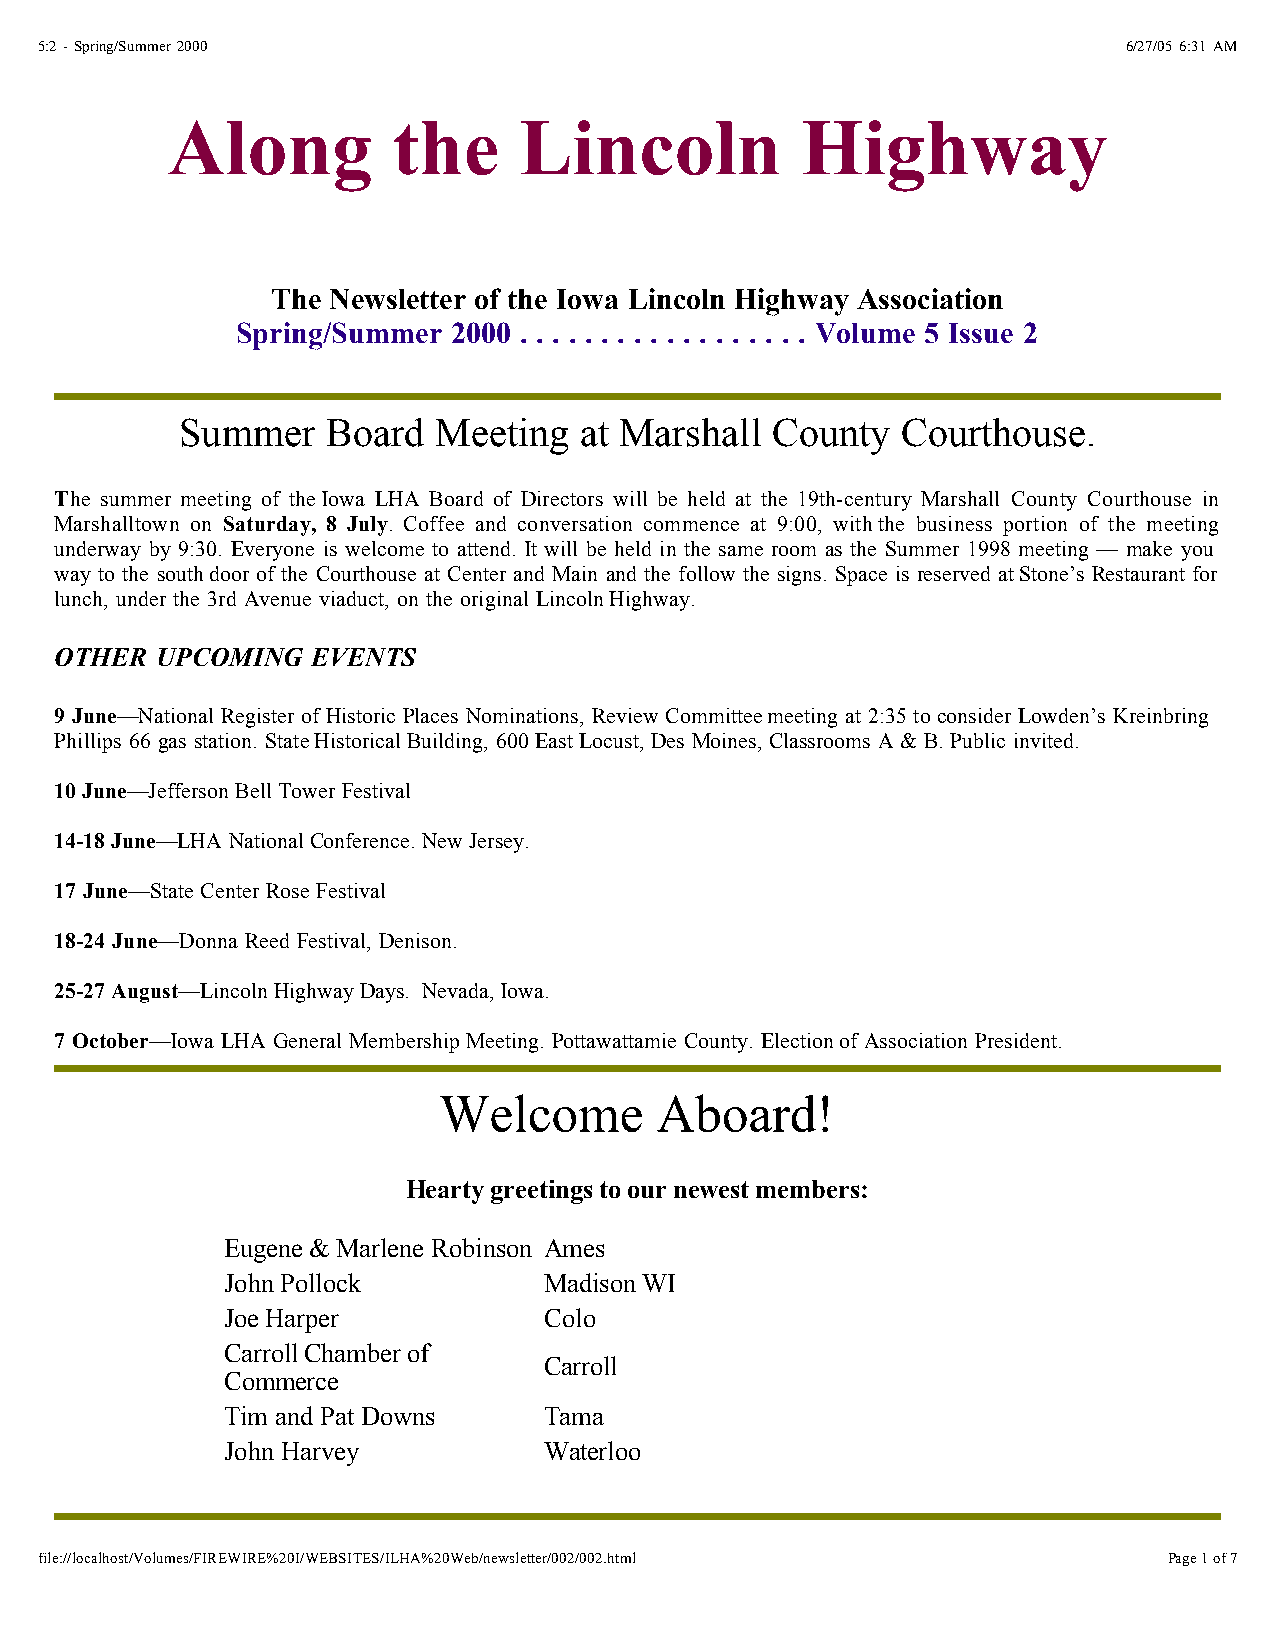
5:2 - Spring/Summer 2000                                                 6/27/05 6:31 AM
 Along          the     Lincoln            Highway
 The Newsletter of the Iowa Lincoln Highway Association
 Spring/Summer 2000 . . . . . . . . . . . . . . . . . . Volume 5 Issue 2
 Summer    Board  Meeting  at Marshall  County   Courthouse.
 The summer meeting of theIowa LHA Board of Directors will be held at the 19th-century Marshall County Courthouse in
 Marshalltown on Saturday, 8 July. Coffee and conversation commence at 9:00, withthe business portion of the meeting
 underway by 9:30. Everyone is welcome to attend. It will be held in the same room as the Summer 1998 meeting — make you
 way to the southdoor of the Courthouse at Center and Main and the follow the signs. Space is reserved atStone’s Restaurant for
 lunch, under the 3rd Avenue viaduct, on the original LincolnHighway.
 OTHER UPCOMING   EVENTS
 9 June—National Register of Historic Places Nominations, Review Committeemeeting at 2:35 to consider Lowden’s Kreinbring
 Phillips 66 gas station. StateHistorical Building, 600 East Locust, Des Moines, Classrooms A & B. Public invited.
 10 June—Jefferson Bell Tower Festival
 14-18 June—LHA National Conference. New Jersey.
 17 June—State Center Rose Festival
 18-24 June—Donna Reed Festival, Denison.
 25-27 August—Lincoln Highway Days. Nevada, Iowa.
 7 October—Iowa LHA General Membership Meeting. Pottawattamie County. Electionof Association President.
 Welcome       Aboard!
 Hearty greetings to our newest members:
 Eugene & Marlene Robinson Ames
 John Pollock         Madison WI
 Joe Harper           Colo
 Carroll Chamber of
 Carroll
 Commerce
 Tim and Pat Downs    Tama
 John Harvey          Waterloo
 file://localhost/Volumes/FIREWIRE%20I/WEBSITES/ILHA%20Web/newsletter/002/002.html Page 1 of 7